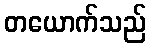
တယောက်သည်